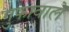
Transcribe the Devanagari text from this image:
गुफावाले